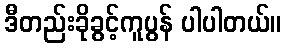
ဒီတည်းခိုခွင့်ကူပွန် ပါပါတယ်။